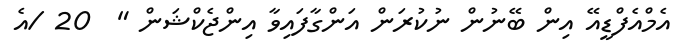
އެމްއެފްޑީއޭ އިން ބޭނުން ނުކުރަން އަންގާފައިވާ އިންޖެކްޝަން "  20 /އެ